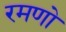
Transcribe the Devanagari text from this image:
रमणो